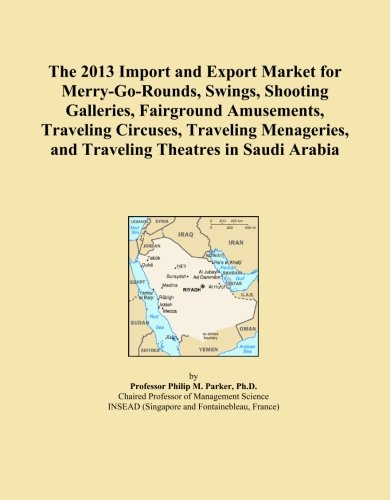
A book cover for The 2013 Import and Export Market for Merry-Go-Rounds, Swings, Shooting Galleries, Fairground Amusements, Traveling Circuses, Traveling Menageries, and Traveling Theatres in Saudi Arabia; Icon Group International; Travel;